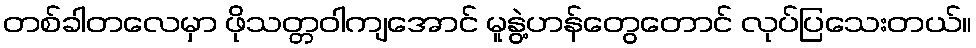
တစ်ခါတလေမှာ ဖိုသတ္တဝါကျအောင် မူနွဲ့ဟန်တွေတောင် လုပ်ပြသေးတယ်။